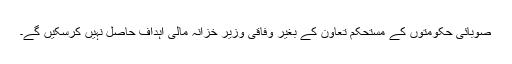
صوبائی حکومتوں کے مستحکم تعاون کے بغیر وفاقی وزیر خزانہ مالی اہداف حاصل نہیں کرسکیں گے۔